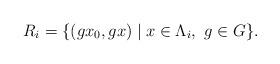
LaTeX: \begin{align*} R_i= \{(g x_0,g x)\mid x\in \Lambda_i,\ g\in G\}.\end{align*}